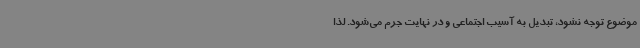
موضوع توجه نشود، تبدیل به آسیب اجتماعی و در نهایت جرم می‌شود. لذا